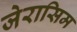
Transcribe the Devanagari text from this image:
जेरासिम